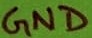
Text: GND